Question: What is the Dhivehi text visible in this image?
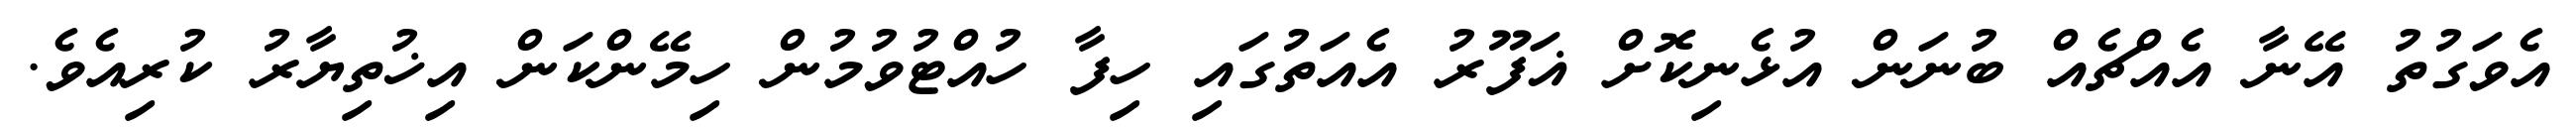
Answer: އެވަގުތު އޭނާ އެއްޗެއް ބުނަން އުޅެނިކޮށް ޣަފޫރު އެއަތުގައި ހިފާ ހުއްޓުވުމުން ހިމޭންކަން އިޚުތިޔާރު ކުރިއެވެ.